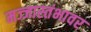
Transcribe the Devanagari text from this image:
मज्जास्तंभावर